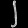
Digit: ၂